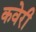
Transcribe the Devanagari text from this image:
कवेरी